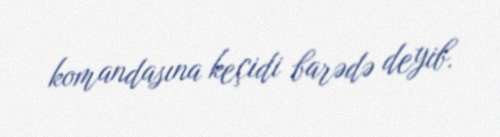
komandasına keçidi barədə deyib.